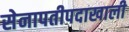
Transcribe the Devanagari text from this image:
सेनापतीपदाखाली